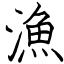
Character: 漁